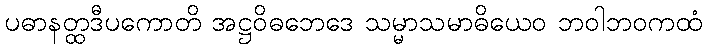
ပဓာနတ္ထဒီပကောတိ အဋ္ဌဝိဓဘေဒေ သမ္မာသမာဓိယေဝ ဘဝါဘဝကထံ